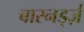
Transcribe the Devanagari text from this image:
बारनर्ड्ज़